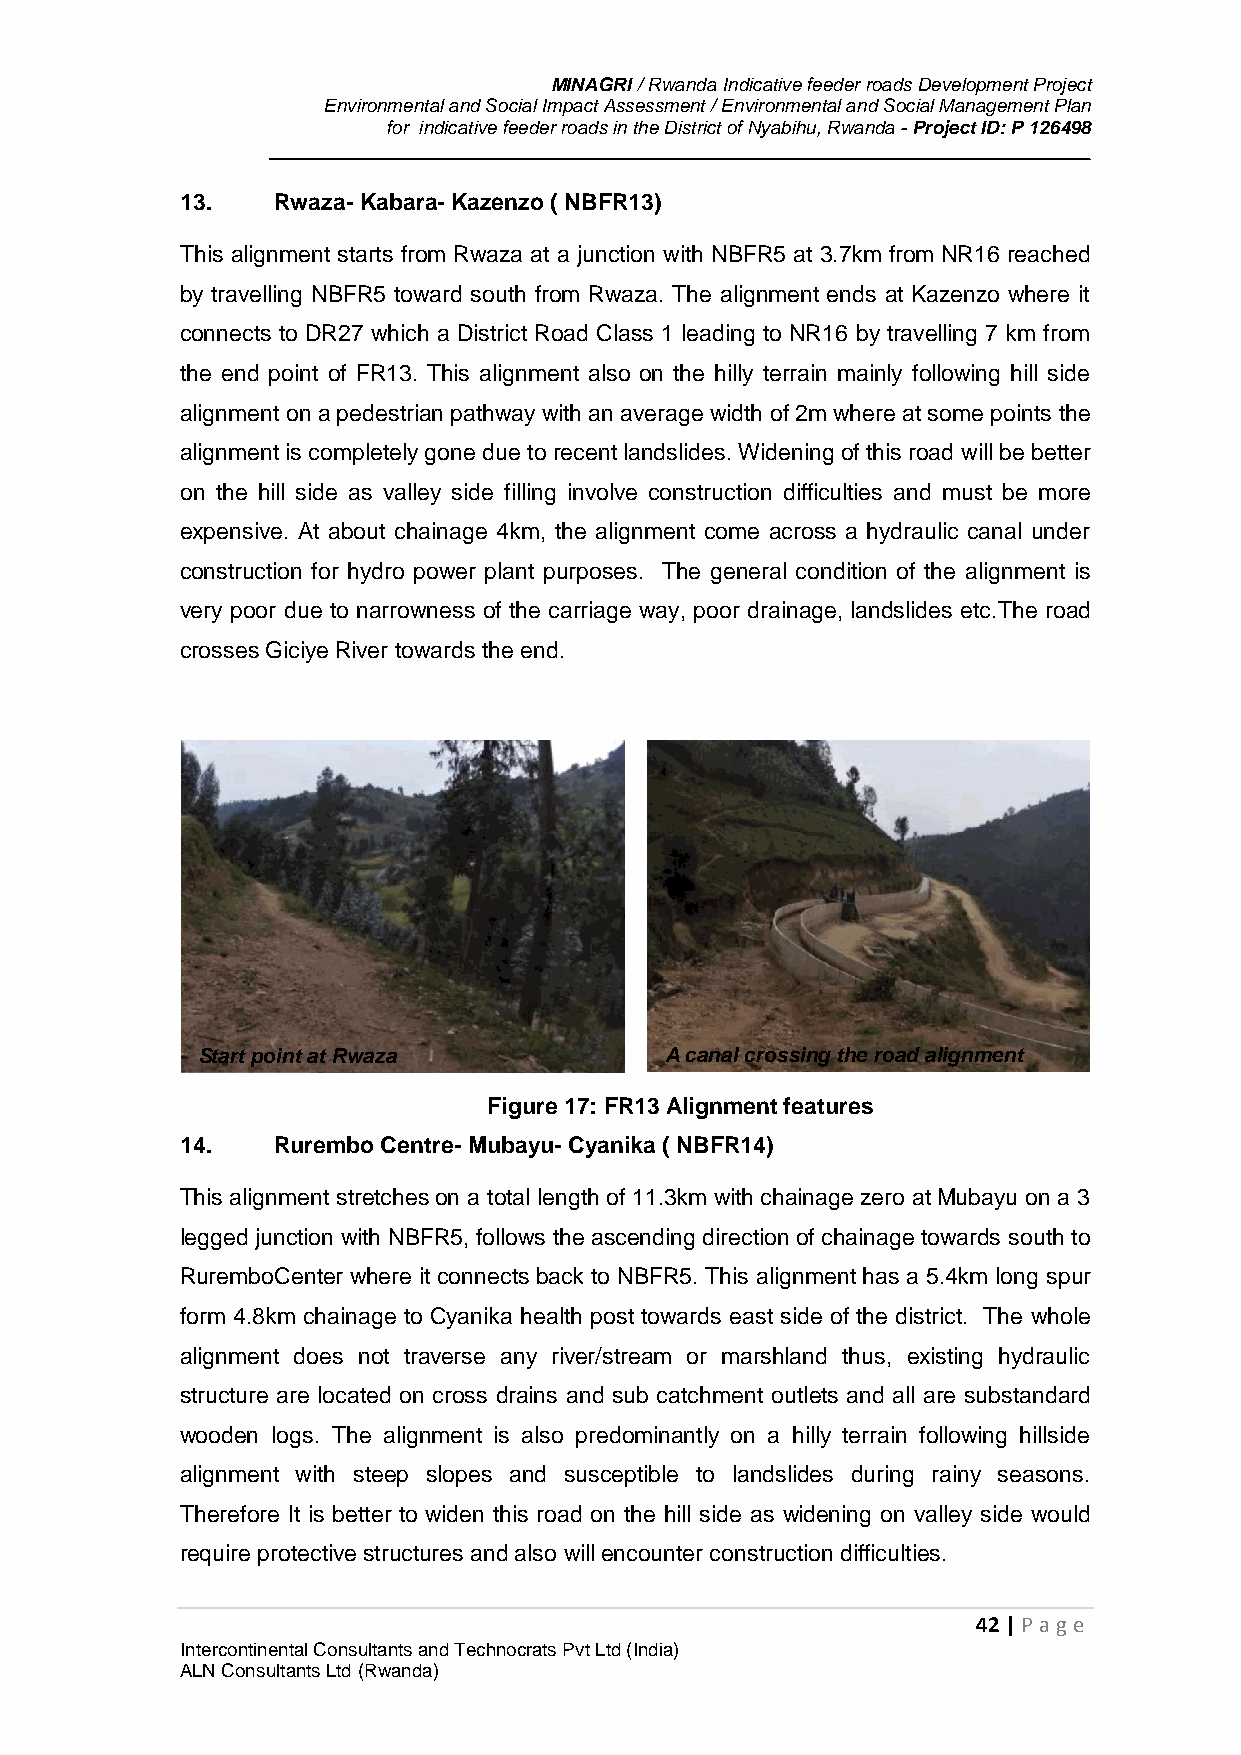
MINAGRI / Rwanda Indicative feeder roads Development Project
 Environmental and Social Impact Assessment / Environmental and Social Management Plan
 for indicative feeder roads in the District of Nyabihu, Rwanda - Project ID: P 126498
 13.   Rwaza- Kabara- Kazenzo ( NBFR13)
 This alignment starts from Rwaza at a junction with NBFR5 at 3.7km from NR16 reached
 by travelling NBFR5 toward south from Rwaza. The alignment ends at Kazenzo where it
 connects to DR27 which a District Road Class 1 leading to NR16 by travelling 7 km from
 the end point of FR13. This alignment also on the hilly terrain mainly following hill side
 alignment on a pedestrian pathway with an average width of 2m where at some points the
 alignment is completely gone due to recent landslides. Widening of this road will be better
 on the hill side as valley side filling involve construction difficulties and must be more
 expensive. At about chainage 4km, the alignment come across a hydraulic canal under
 construction for hydro power plant purposes. The general condition of the alignment is
 very poor due to narrowness of the carriage way, poor drainage, landslides etc.The road
 crosses Giciye River towards the end.
 Start point at Rwaza           A canal crossing the road alignment
 Figure 17: FR13 Alignment features
 14.   Rurembo Centre- Mubayu- Cyanika ( NBFR14)
 This alignment stretches on a total length of 11.3km with chainage zero at Mubayu on a 3
 legged junction with NBFR5, follows the ascending direction of chainage towards south to
 RuremboCenter where it connects back to NBFR5. This alignment has a 5.4km long spur
 form 4.8km chainage to Cyanika health post towards east side of the district. The whole
 alignment does not traverse any river/stream or marshland thus, existing hydraulic
 structure are located on cross drains and sub catchment outlets and all are substandard
 wooden logs. The alignment is also predominantly on a hilly terrain following hillside
 alignment with steep slopes and susceptible to landslides during rainy seasons.
 Therefore It is better to widen this road on the hill side as widening on valley side would
 require protective structures and also will encounter construction difficulties.
 42 | P age
 Intercontinental Consultants and Technocrats Pvt Ltd (India)
 ALN Consultants Ltd (Rwanda)